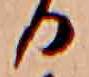
る